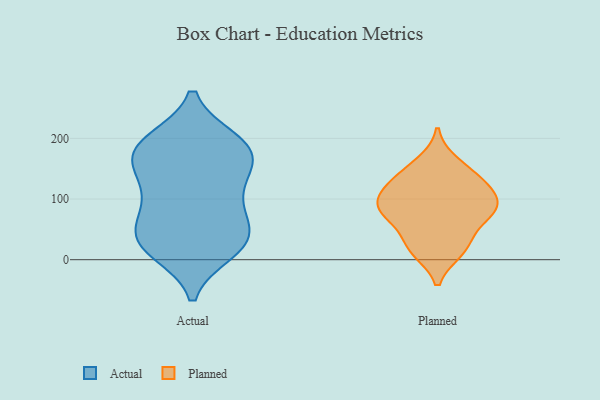
{"axis": {"x": "Bounce Rate (%)", "y": "Value"}, "legend": ["Actual", "Planned"], "data": [{"x": "", "y": 171, "type": "Actual"}, {"x": "", "y": 145, "type": "Actual"}, {"x": "", "y": 34, "type": "Actual"}, {"x": "", "y": 99, "type": "Actual"}, {"x": "", "y": 195, "type": "Actual"}, {"x": "", "y": 89, "type": "Actual"}, {"x": "", "y": 178, "type": "Actual"}, {"x": "", "y": 194, "type": "Actual"}, {"x": "", "y": 151, "type": "Actual"}, {"x": "", "y": 196, "type": "Actual"}, {"x": "", "y": 14, "type": "Actual"}, {"x": "", "y": 48, "type": "Actual"}, {"x": "", "y": 115, "type": "Actual"}, {"x": "", "y": 63, "type": "Actual"}, {"x": "", "y": 26, "type": "Actual"}, {"x": "", "y": 18, "type": "Actual"}, {"x": "", "y": 34, "type": "Actual"}, {"x": "", "y": 169, "type": "Actual"}, {"x": "", "y": 75, "type": "Planned"}, {"x": "", "y": 78, "type": "Planned"}, {"x": "", "y": 18, "type": "Planned"}, {"x": "", "y": 74, "type": "Planned"}, {"x": "", "y": 122, "type": "Planned"}, {"x": "", "y": 31, "type": "Planned"}, {"x": "", "y": 15, "type": "Planned"}, {"x": "", "y": 128, "type": "Planned"}, {"x": "", "y": 103, "type": "Planned"}, {"x": "", "y": 139, "type": "Planned"}, {"x": "", "y": 97, "type": "Planned"}, {"x": "", "y": 85, "type": "Planned"}, {"x": "", "y": 160, "type": "Planned"}]}